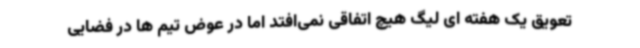
تعویق یک هفته ای لیگ هیچ اتفاقی نمی‌افتد اما در عوض تیم ها در فضایی